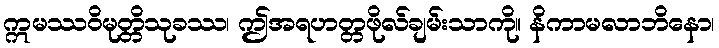
ဣမဿဝိမုတ္တိသုခဿ၊ ဤအရဟတ္တဖိုလ်ချမ်းသာကို။ နိကာမလာဘိနော၊